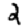
Digit: 2